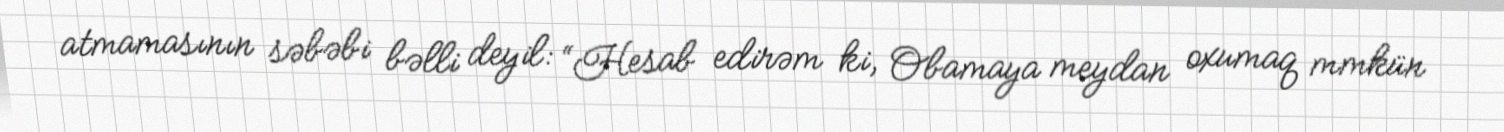
atmamasının səbəbi bəlli deyil: “Hesab edirəm ki, Obamaya meydan oxumaq mmkün